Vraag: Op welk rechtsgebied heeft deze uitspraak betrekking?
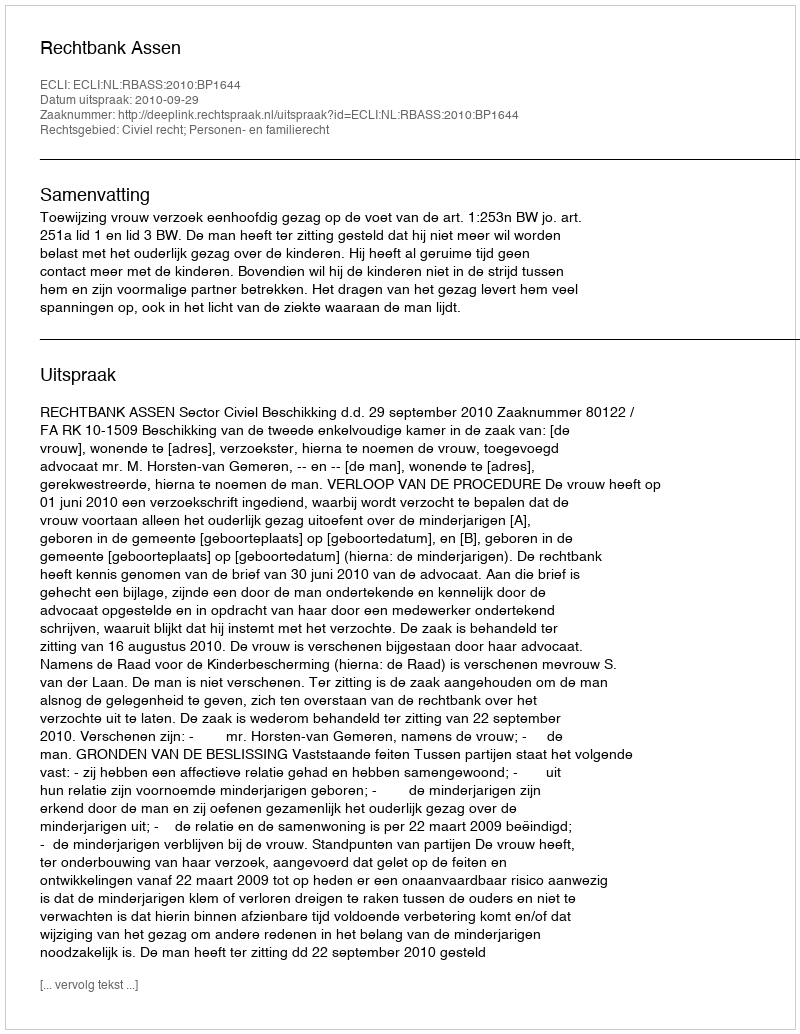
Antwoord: Civiel recht; Personen- en familierecht